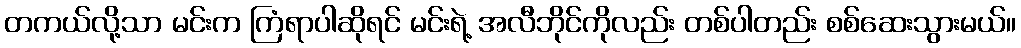
တကယ်လို့သာ မင်းက ကြံရာပါဆိုရင် မင်းရဲ့ အလီဘိုင်ကိုလည်း တစ်ပါတည်း စစ်ဆေးသွားမယ်။